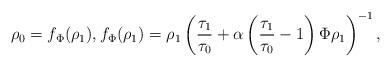
LaTeX: \begin{align*}\rho_{0} = f_{\Phi}(\rho_1),f_{\Phi}(\rho_1) = \rho_1\left(\frac{\tau_1}{\tau_0} + \alpha\left(\frac{\tau_{1}}{\tau_{0}} - 1\right)\Phi\rho_{1}\right)^{-1},\end{align*}